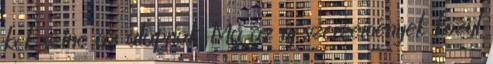
kék színe az alapnak. Ma az új szerzemények közül